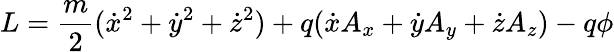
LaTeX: L={\frac{m}{2}}({\dot{x}}^{2}+{\dot{y}}^{2}+{\dot{z}}^{2})+q({\dot{x}}A_{x}+{\dot{y}}A_{y}+{\dot{z}}A_{z})-q\phi